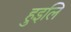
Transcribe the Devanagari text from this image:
हुइलि